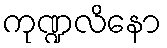
ကုဏ္ဍလိနော